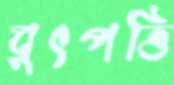
বুৎপত্তি